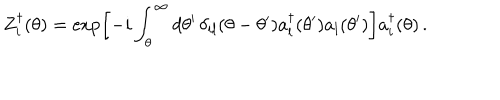
LaTeX: Z _ { i } ^ { \dagger } ( \theta ) = \exp \left[ - i \int _ { \theta } ^ { \infty } d \theta ^ { \prime } \, \delta _ { i l } ( \theta - \theta ^ { \prime } ) a _ { l } ^ { \dagger } ( \theta ^ { \prime } ) a _ { l } ( \theta ^ { \prime } ) \right] a _ { i } ^ { \dagger } ( \theta ) \, .